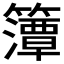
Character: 𮆨